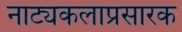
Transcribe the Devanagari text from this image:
नाट्यकलाप्रसारक